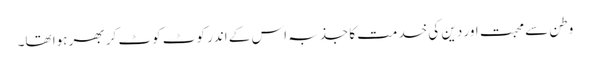
وطن سے محبت اور دین کی خدمت کا جذبہ اس کے اندر کوٹ کوٹ کر بھر ہوا تھا۔